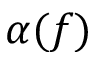
\alpha ( f )